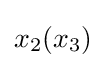
x_{2}{\left(x_{3}\right)}